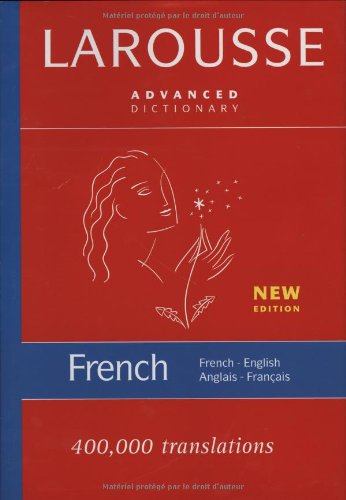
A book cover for Larousse Advanced French-English/English-French Dictionary; Larousse; Reference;